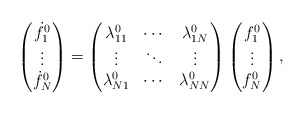
\begin{align*}\begin{pmatrix}{\dot{f}}_1^0\\\vdots\\{\dot{f}}_N^0\end{pmatrix}=\begin{pmatrix}\lambda_{11}^0 & \cdots & \lambda_{1N}^0\\\vdots & \ddots & \vdots\\\lambda_{N1}^0 & \cdots & \lambda_{NN}^0\end{pmatrix}\begin{pmatrix}f_1^0\\\vdots\\f_N^0\end{pmatrix},\end{align*}